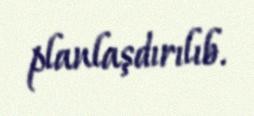
planlaşdırılıb.